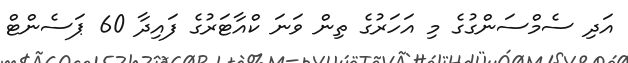
އަދި ސެމްސަންގުގެ މި އަހަރުގެ ތިން ވަނަ ކްއާޓަރުގެ ފައިދާ 60 ޕަސެންޓް